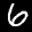
Label: 6